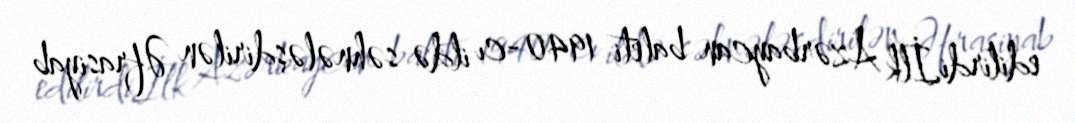
edilirdi.İlk Azərbaycan baleti 1940-cı ildə səhnələşdirilən Əfrasiyab